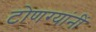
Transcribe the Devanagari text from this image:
टोणग्यांनीं